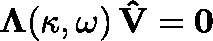
\mathbf { \Lambda } ( \kappa , \omega ) \, \mathbf { \hat { V } } = \mathbf { 0 }